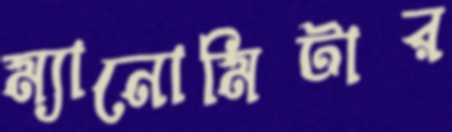
ম্যানোমিটার